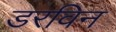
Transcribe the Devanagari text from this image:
डरविन